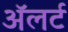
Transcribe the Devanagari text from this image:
अॅलर्ट